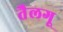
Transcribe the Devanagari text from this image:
तैलगू